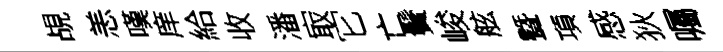
覘恙嘆庠給收潘㝡它亡鬢峻舷曁項感狄囑